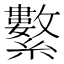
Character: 𦇆